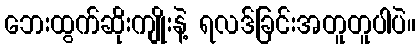
ဘေးထွက်ဆိုးကျိုးနဲ့ ရလဒ်ခြင်းအတူတူပါပဲ။